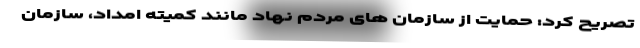
تصریح کرد: حمایت از سازمان های مردم نهاد مانند کمیته امداد، سازمان